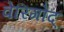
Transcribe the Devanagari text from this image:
वेरिगोद्